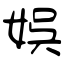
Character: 娯